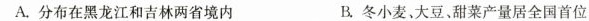
A.分布在黑龙江和吉林两省境内 B.冬小麦大豆、甜菜产量居全国首位